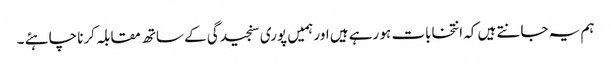
ہم یہ جانتے ہیں کہ انتخابات ہو رہے ہیں اور ہمیں پوری سنجیدگی کے ساتھ مقابلہ کرنا چاہئے ۔